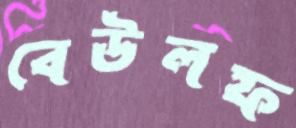
বেউলফ